Madras plague regulations and rules for district municipalities and other towns and villages
Disease focus: Plague
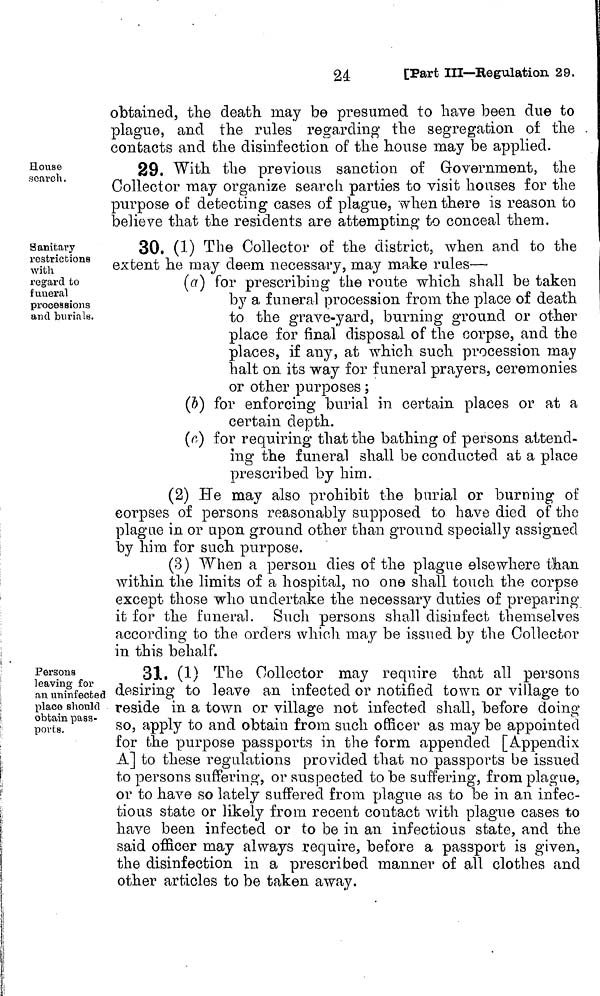
24:
[Part III—Regulation 29.
obtained, the death may be presumed to have been due to
plague, and the rules regarding the segregation oí the .
contacts and the disinfection of the house may be applied.
House
search.
29. With the previous sanction of Government, the
Collector may organize search parties to visit houses for the
purpose of detecting cases of plague, when there is reason to
believe that the residents are attempting to conceal them.
Sanitary
restrictions
with
regard to
funeral
processions
and burials.
30. (1) The Collector of the district, when and to the
extent he may deem necessary, may make rules—•
(a) for prescribing the route which shall be taken
by a funeral procession from the place of death
to the grave-yard, burning ground or other
place for final disposal of the corpse, and the
places, if any, at which such procession may
halt on its way for funeral prayers, ceremonies
or other purposes ;
(b) for enforcing burial in certain places or at a
certain depth.
(c) for requiring that the bathing of persons attend-
ing the funeral shall be conducted at a place
prescribed by him.
(2) He may also prohibit the burial or burning of
corpses of persons reasonably supposed to have died of the
plague in or upon ground other than ground specially assigned
by him for such purpose.
(B) When a person dies of the plague elsewhere tlian
within the limits of a hospital, no one shall touch the corpse
except those who undertake the necessary duties of preparing
it for the funeral. Such persons shall disinfect themselves
according to the orders which may be issued by the Collector
in this behalf.
Persons
leaving for
an uninfected
place should
obtain pass-
ports.
31. (1) The Collector may require that all persons
desiring to leave an infected or notified town or village to
reside in a town or village not infected shall, before doing
so, apply to and obtain from such officer as may be appointed
for the purpose passports in the form appended [Appendix
A] to these regulations provided that no passports be issued
to persons suffering, or suspected to be suffering, from plague,
or to have so lately suffered from plague as to be in an infec-
tious state or likely from recent contact with plague cases to
have been infected or to be in an infectious state, and the
said officer may always require, before a passport is given,
the disinfection in a prescribed manner of all clothes and
other articles to be taken away.